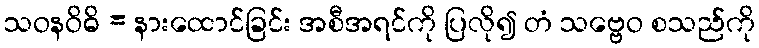
သဝနဝိဓိ = နားထောင်ခြင်း အစီအရင်ကို ပြလို၍ တံ သဗ္ဗေဝ စသည်ကို